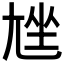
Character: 𡯨